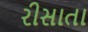
રીસાતા